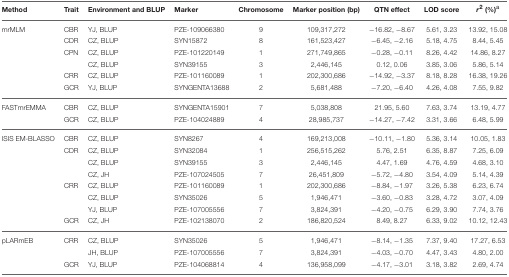
<table><thead><tr><td><b>Method</b></td><td><b>Trait</b></td><td><b>Environment and BLUP</b></td><td><b>Marker</b></td><td><b>Chromosome</b></td><td><b>Marker position (bp)</b></td><td><b>QTN effect</b></td><td><b>LOD score</b></td><td><b><i>r</i><sup>2</sup> (%)<sup>a</sup></b></td></tr></thead><tbody><tr><td>mrMLM</td><td>CBR</td><td>YJ, BLUP</td><td>PZE-109066380</td><td>9</td><td>109,317,272</td><td>−16.82, −8.67</td><td>5.61, 3.23</td><td>13.92, 15.08</td></tr><tr><td></td><td>CDR</td><td>CZ, BLUP</td><td>SYN15872</td><td>8</td><td>161,523,427</td><td>−6.45, −2.16</td><td>5.18, 4.75</td><td>8.44, 5.45</td></tr><tr><td></td><td>CPN</td><td>CZ, BLUP</td><td>PZE-101220149</td><td>1</td><td>271,749,865</td><td>−0.28, −0.11</td><td>8.26, 4.42</td><td>14.86, 8.27</td></tr><tr><td></td><td></td><td>CZ, BLUP</td><td>SYN39155</td><td>3</td><td>2,446,145</td><td>0.12, 0.06</td><td>3.85, 3.06</td><td>5.86, 5.14</td></tr><tr><td></td><td>CRR</td><td>CZ, BLUP</td><td>PZE-101160089</td><td>1</td><td>202,300,686</td><td>−14.92, −3.37</td><td>8.18, 8.28</td><td>16.38, 19.26</td></tr><tr><td></td><td>GCR</td><td>YJ, BLUP</td><td>SYNGENTA13688</td><td>2</td><td>5,681,488</td><td>−7.20, −6.40</td><td>4.26, 4.08</td><td>7.55, 9.82</td></tr><tr><td>FASTmrEMMA</td><td>CBR</td><td>CZ, BLUP</td><td>SYNGENTA15901</td><td>7</td><td>5,038,808</td><td>21.95, 5.60</td><td>7.63, 3.74</td><td>13.19, 4.77</td></tr><tr><td></td><td>GCR</td><td>CZ, BLUP</td><td>PZE-104024889</td><td>4</td><td>28,985,737</td><td>−14.27, −7.42</td><td>3.31, 3.66</td><td>6.48, 5.99</td></tr><tr><td>ISIS EM-BLASSO</td><td>CBR</td><td>CZ, BLUP</td><td>SYN8267</td><td>4</td><td>169,213,008</td><td>−10.11, −1.80</td><td>5.36, 3.14</td><td>10.05, 1.83</td></tr><tr><td></td><td>CDR</td><td>CZ, BLUP</td><td>SYN32084</td><td>1</td><td>256,515,262</td><td>5.76, 2.51</td><td>6.35, 8.87</td><td>7.25, 6.09</td></tr><tr><td></td><td></td><td>CZ, BLUP</td><td>SYN39155</td><td>3</td><td>2,446,145</td><td>4.47, 1.69</td><td>4.76, 4.59</td><td>4.68, 3.10</td></tr><tr><td></td><td></td><td>CZ, JH</td><td>PZE-107024505</td><td>7</td><td>26,451,809</td><td>−5.72, −4.80</td><td>3.54, 4.09</td><td>5.14, 4.39</td></tr><tr><td></td><td>CRR</td><td>CZ, BLUP</td><td>PZE-101160089</td><td>1</td><td>202,300,686</td><td>−8.84, −1.97</td><td>3.26, 5.38</td><td>6.23, 6.74</td></tr><tr><td></td><td></td><td>CZ, BLUP</td><td>SYN35026</td><td>5</td><td>1,946,471</td><td>−3.60, −0.83</td><td>3.28, 4.72</td><td>3.07, 4.09</td></tr><tr><td></td><td></td><td>YJ, BLUP</td><td>PZE-107005556</td><td>7</td><td>3,824,391</td><td>−4.20, −0.75</td><td>6.29, 3.90</td><td>7.74, 3.76</td></tr><tr><td></td><td>GCR</td><td>CZ, JH</td><td>PZE-102138070</td><td>2</td><td>186,820,524</td><td>8.49, 8.27</td><td>6.33, 9.02</td><td>10.12, 12.43</td></tr><tr><td>pLARmEB</td><td>CRR</td><td>CZ, BLUP</td><td>SYN35026</td><td>5</td><td>1,946,471</td><td>−8.14, −1.35</td><td>7.37, 9.40</td><td>17.27, 6.53</td></tr><tr><td></td><td></td><td>JH, BLUP</td><td>PZE-107005556</td><td>7</td><td>3,824,391</td><td>−4.03, −0.70</td><td>4.47, 3.43</td><td>4.80, 2.00</td></tr><tr><td></td><td>GCR</td><td>YJ, BLUP</td><td>PZE-104068814</td><td>4</td><td>136,958,099</td><td>−4.17, −3.01</td><td>3.18, 3.82</td><td>2.69, 4.74</td></tr></tbody></table>